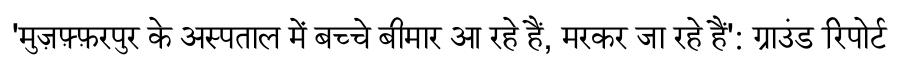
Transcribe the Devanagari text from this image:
'मुज़फ़्फ़रपुर के अस्पताल में बच्चे बीमार आ रहे हैं, मरकर जा रहे हैं': ग्राउंड रिपोर्ट